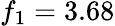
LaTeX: f_{1}=3.68